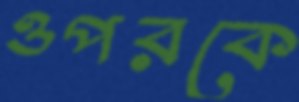
ওপরকে